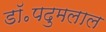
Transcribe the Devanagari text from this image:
डॉ॰पदुमलाल